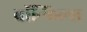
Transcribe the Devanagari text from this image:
बाॅन्फिल्स